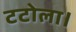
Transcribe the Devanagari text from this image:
टटोला।